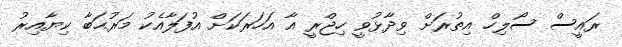
ރައީސް ސޯލިހް އިތުރަށް ވިދާޅުވީ ހިޖްރީ އާ އަހަރަކަށް އުފަލާއެކު މަރުޙަބާ ކިޔާއިރު